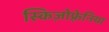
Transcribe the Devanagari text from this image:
स्किज़ोफ़्रेनिया